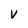
Character: V